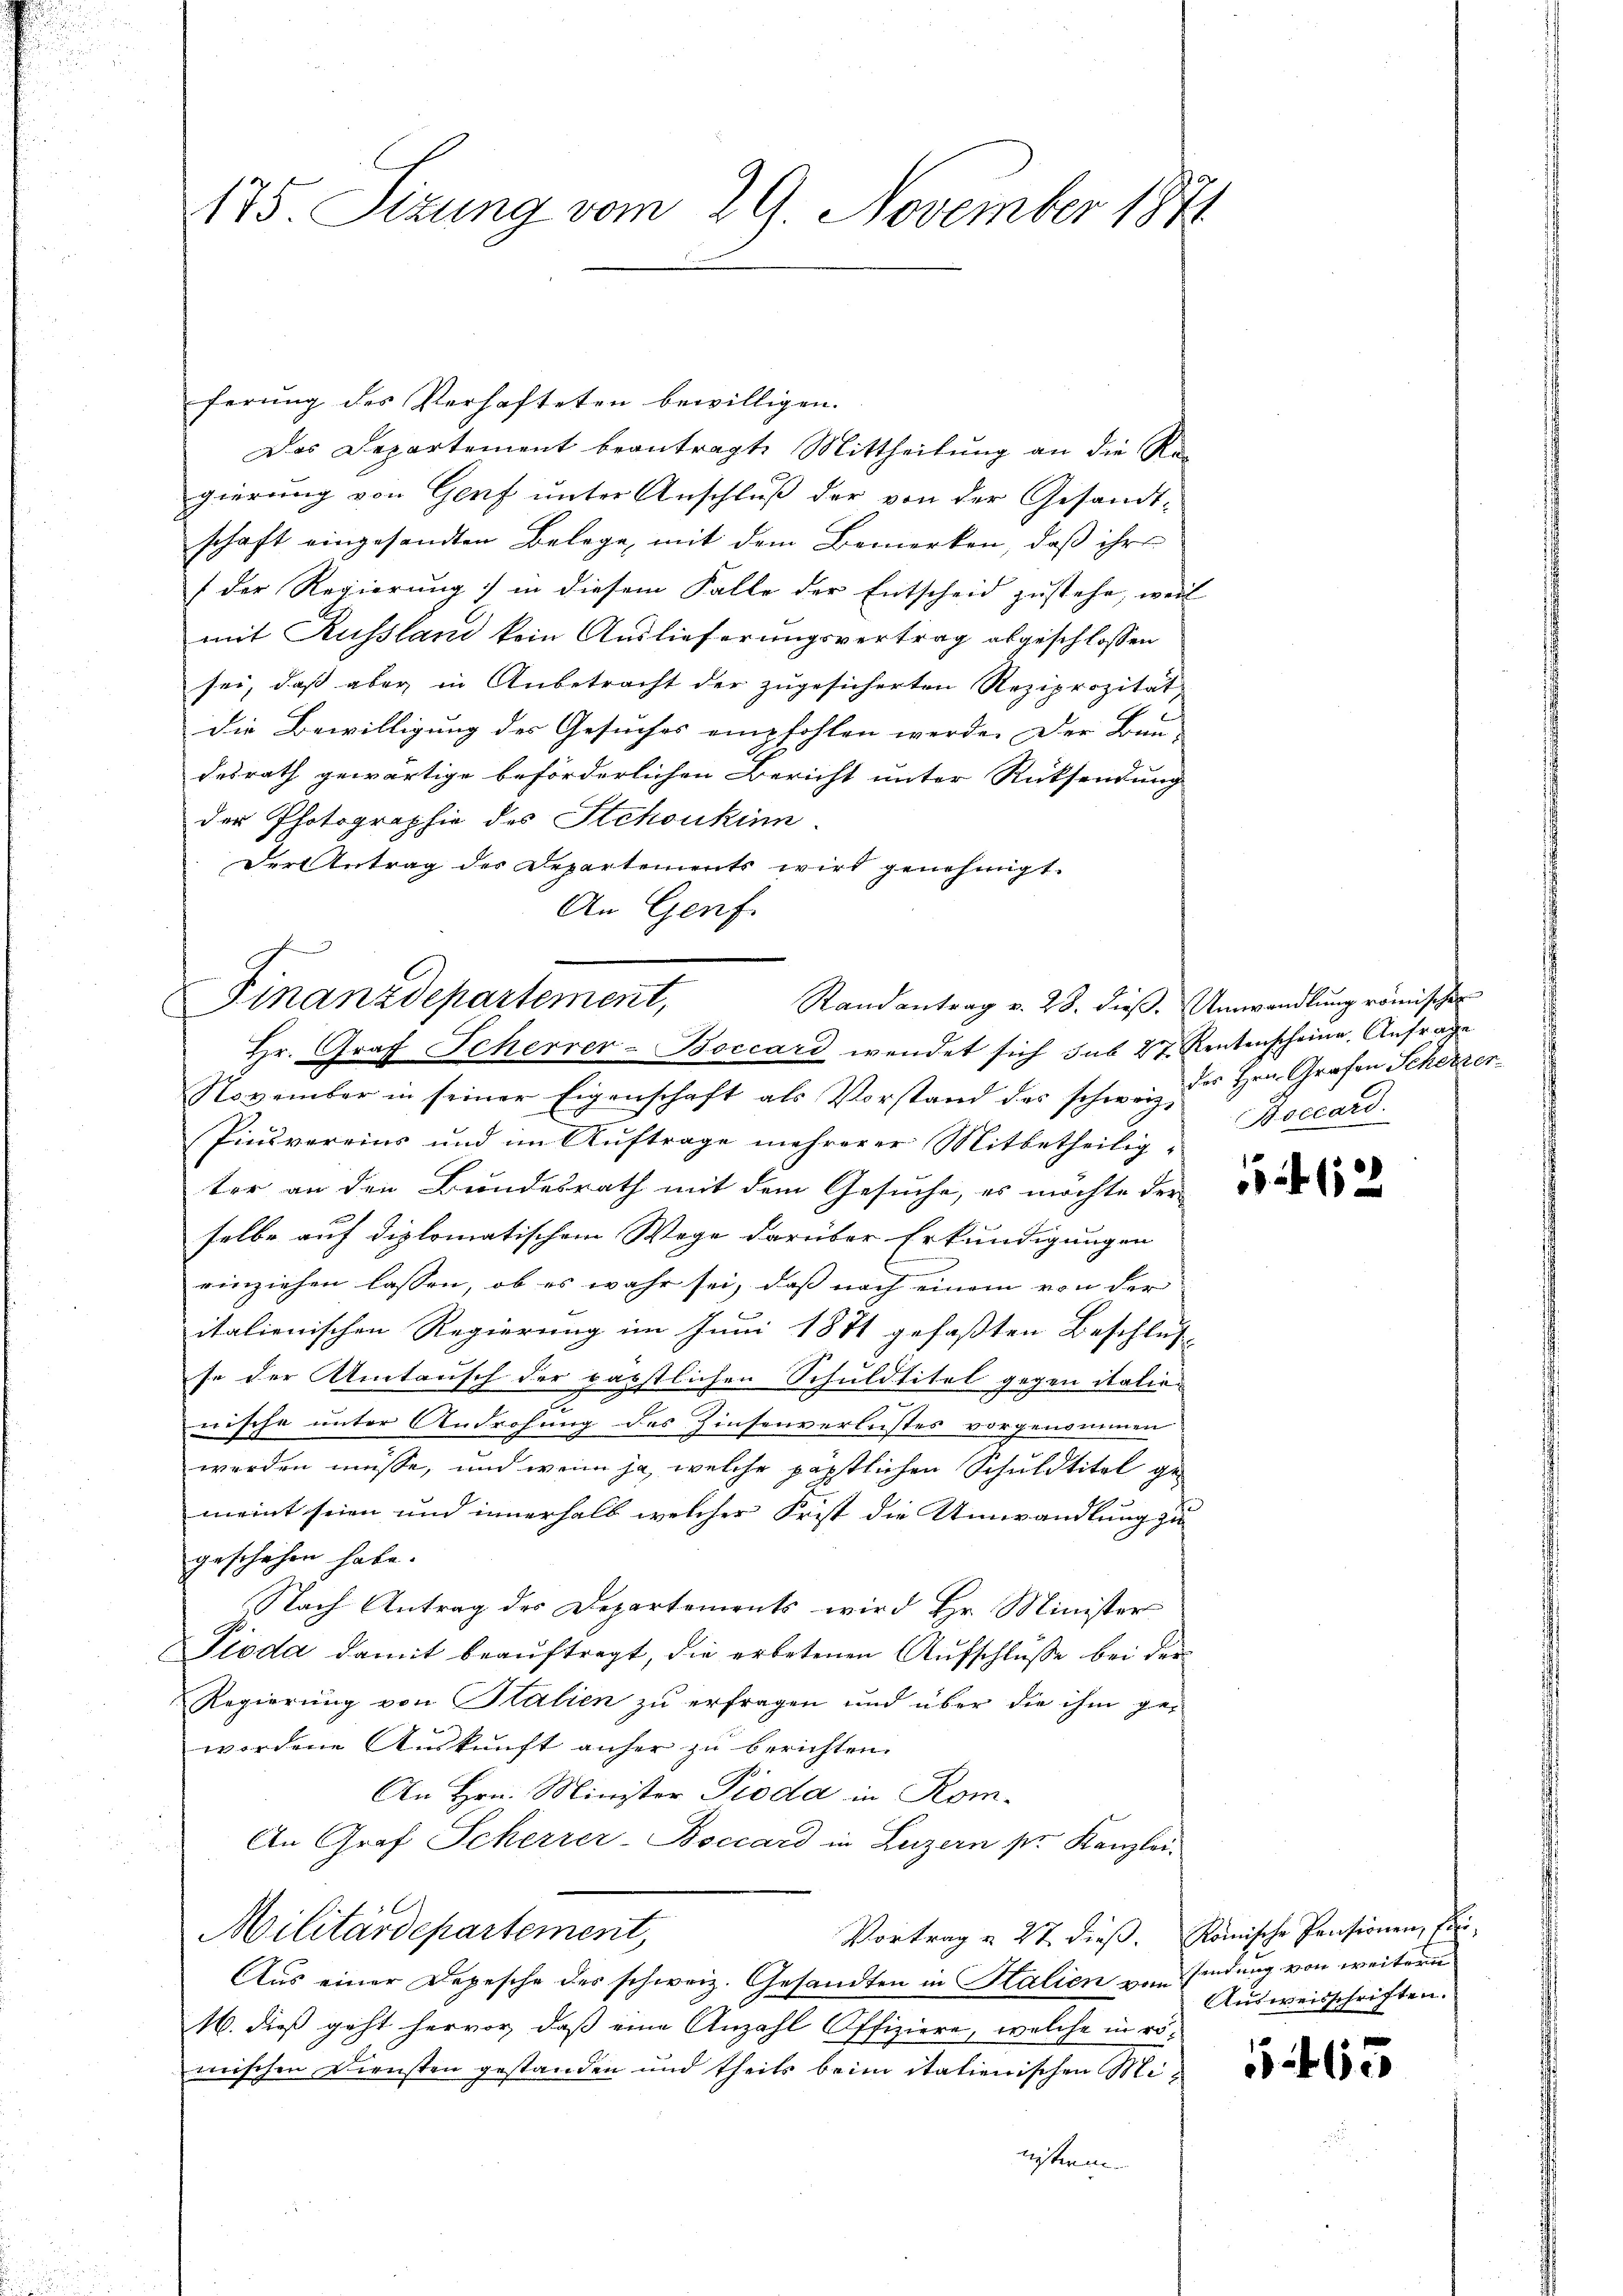
175. Sizung vom 29. November 1871

ferung des Verhafteten bewilligen.
Das Departement beantragte Mittheilung an die Re-
gierung von Genf unter Anschluß der von der Gesandtschaft eingesandten Belege mit dem Bemerken, daß ihre
(der Regierung in diesem Falle der Entscheid zustehe, weil
mit Russland kein Auslieferungsvertrag abgeschlossen
sei, daß aber in Anbetracht der zugesicherten Reziprozität,
die Bewilligung der Gesuches empfohlen werde. Der Bau- |
desrath gewärtige beförderlichen Bericht unter Rücksendung
der Photographie des Stchoukin
Der Antrag des Departements wird genehmigt.
An Genf.

Finanzdepartement,
Randantrag v. 28. dieß. Umwandlung römischen
Hr. Graf Scherrer-Boccard wendet sich sub 27. Rentenscheine, Anfrage

November in seiner Eigenschaft als Vorstand des schwer des Hrn. Grafen Scheizer¬
Pinsvereins und im Auftrage mehrerer Mitbetheiligter an den Bundesrath mit dem Gesuche, es möchte der
selbe auf diplomatischem Wege darüber Erkundigungen
einziehen lassen, ob es wahr sei, dass nach einem von der
italienischen Regierung im Juni 1871 gefaßten Beschlus
se der Umtausch der päpstlichen Schuldtitel gegen italien
nische unter Androhung des Zinsenverlustes vorgenommen
worden müsse, und wenn ja, welche päpstlichen Schuldtitel gemeint seien und innerhalb welcher Frist die Umwandlung zu
geschehen habe.
Nach Antrag des Departements wird Hr. Minister
Pioda damit beauftragt, die erbetenen Aufschluße bei der
Regierung von Stalien zu erfragen und über die ihm gewordene Auskunft anfer zu berichten.
An Hrn. Minister Pioda in Kom¬
An Graf Scherrer-Boccard in Luzern sr Kanzlei.
Militärdepartement,
Vortrag u. 27. dieß. Römische Pensionen, frei¬
Aus einer Depesche des schweiz. Gesandten in Kalien von findung von weitern
16. dieß geht hervor, daß eine Anzahl Offiziere, welche in römischen Diensten gestanden und theils beim italienischen Ministeri

Boccard.

15 f 12

Ausweisschriften.

5463